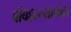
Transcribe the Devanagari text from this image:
बाँबहल्ल्यानंतर